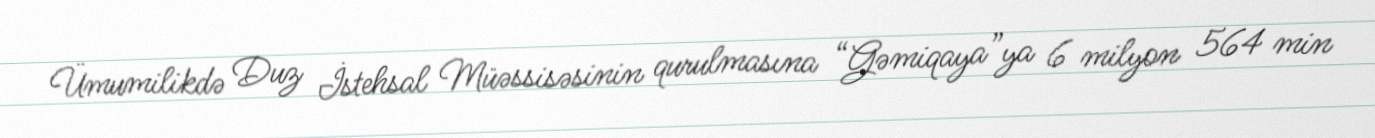
Ümumilikdə Duz İstehsal Müəssisəsinin qurulmasına “Gəmiqaya”ya 6 milyon 564 min